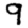
Digit: 9